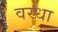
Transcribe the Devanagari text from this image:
वरधा